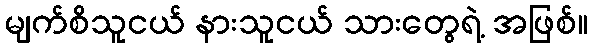
မျက်စိသူငယ် နားသူငယ် သားတွေရဲ့ အဖြစ်။